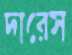
দারেস